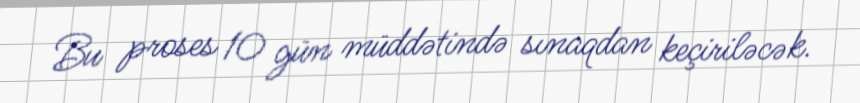
Bu proses 10 gün müddətində sınaqdan keçiriləcək.